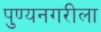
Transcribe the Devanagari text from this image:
पुण्यनगरीला